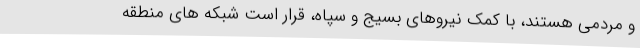
و مردمی هستند، با کمک نیروهای بسیج و سپاه، قرار است شبکه های منطقه